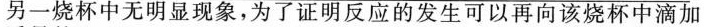
另一烧杯中无明显现象，为了证明反应的发生可以再向该烧杯中滴加